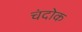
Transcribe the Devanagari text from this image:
चंदोक